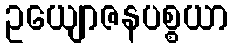
ဥယျောဇနပစ္စယာ